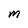
Character: M